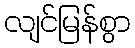
လျင်မြန်စွာ